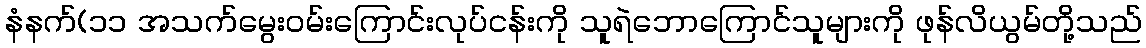
နံနက်(၁၁ အသက်မွေးဝမ်းကြောင်းလုပ်ငန်းကို သူရဲဘောကြောင်သူများကို ဖုန်လိယွမ်တို့သည်